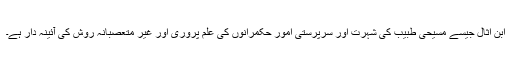
ابن اثال جیسے مسیحی طبیب کی شہرت اور سرپرستی امور حکمرانوں کی علم پروری اور غیر متعصبانہ روش کی آئینہ دار ہے۔